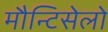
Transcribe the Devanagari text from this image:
मौन्टिसेलो